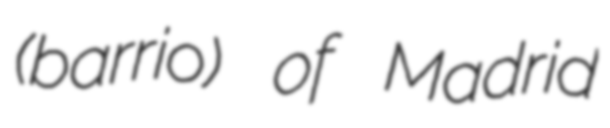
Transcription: (barrio) of Madrid